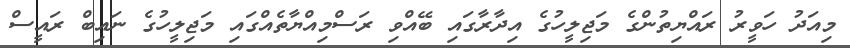
މިއަދު ހަވީރު ރައްޔިތުންގެ މަޖިލީހުގެ އިދާރާގައި ބޭއްވި ރަސްމިއްޔާތެއްގައި މަޖިލީހުގެ ނައިބް ރައީސް